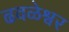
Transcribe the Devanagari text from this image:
ढवळेश्वर